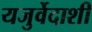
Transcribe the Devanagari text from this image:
यजुर्वेदाशी